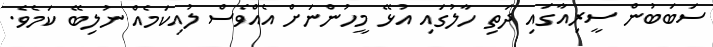
ސަބަބުން ސީރިއާގައި ދަތި ހާލުގައި އުޅޭ މީހުންނަށް އެއްވެސް ލުއިކަމެއް ނުލިބޭ ކަމެވެ.